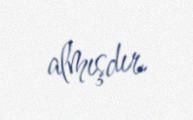
almışdır.